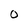
Character: O